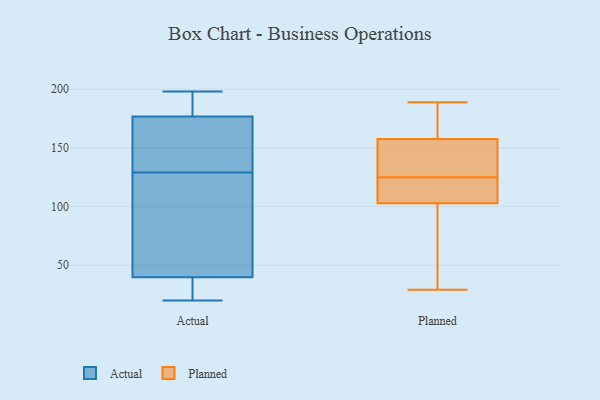
{"axis": {"x": "Tickets Resolved", "y": "Value"}, "legend": ["Actual", "Planned"], "data": [{"x": "", "y": 198, "type": "Actual"}, {"x": "", "y": 156, "type": "Actual"}, {"x": "", "y": 197, "type": "Actual"}, {"x": "", "y": 42, "type": "Actual"}, {"x": "", "y": 188, "type": "Actual"}, {"x": "", "y": 176, "type": "Actual"}, {"x": "", "y": 66, "type": "Actual"}, {"x": "", "y": 39, "type": "Actual"}, {"x": "", "y": 192, "type": "Actual"}, {"x": "", "y": 35, "type": "Actual"}, {"x": "", "y": 20, "type": "Actual"}, {"x": "", "y": 129, "type": "Actual"}, {"x": "", "y": 150, "type": "Actual"}, {"x": "", "y": 23, "type": "Actual"}, {"x": "", "y": 117, "type": "Actual"}, {"x": "", "y": 177, "type": "Actual"}, {"x": "", "y": 27, "type": "Actual"}, {"x": "", "y": 42, "type": "Actual"}, {"x": "", "y": 149, "type": "Actual"}, {"x": "", "y": 189, "type": "Planned"}, {"x": "", "y": 163, "type": "Planned"}, {"x": "", "y": 102, "type": "Planned"}, {"x": "", "y": 105, "type": "Planned"}, {"x": "", "y": 141, "type": "Planned"}, {"x": "", "y": 119, "type": "Planned"}, {"x": "", "y": 176, "type": "Planned"}, {"x": "", "y": 130, "type": "Planned"}, {"x": "", "y": 125, "type": "Planned"}, {"x": "", "y": 51, "type": "Planned"}, {"x": "", "y": 29, "type": "Planned"}]}